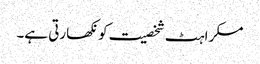
مسکراہٹ شخصیت کو نکھارتی ہے۔